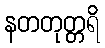
နတတုတ္တရိ